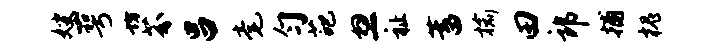
嫂萼坊芬吕毫匀葩忽祉蓄榆田郎捕槐